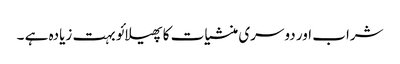
شراب اور دوسری منشیات کا پھیلائو بہت زیادہ ہے ۔